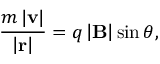
{ \frac { m \left| \mathbf { v } \right| } { \left| \mathbf { r } \right| } } = q \left| \mathbf { B } \right| \sin \theta , \,